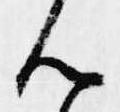
ん